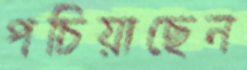
পচিয়াছেন